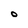
Character: O